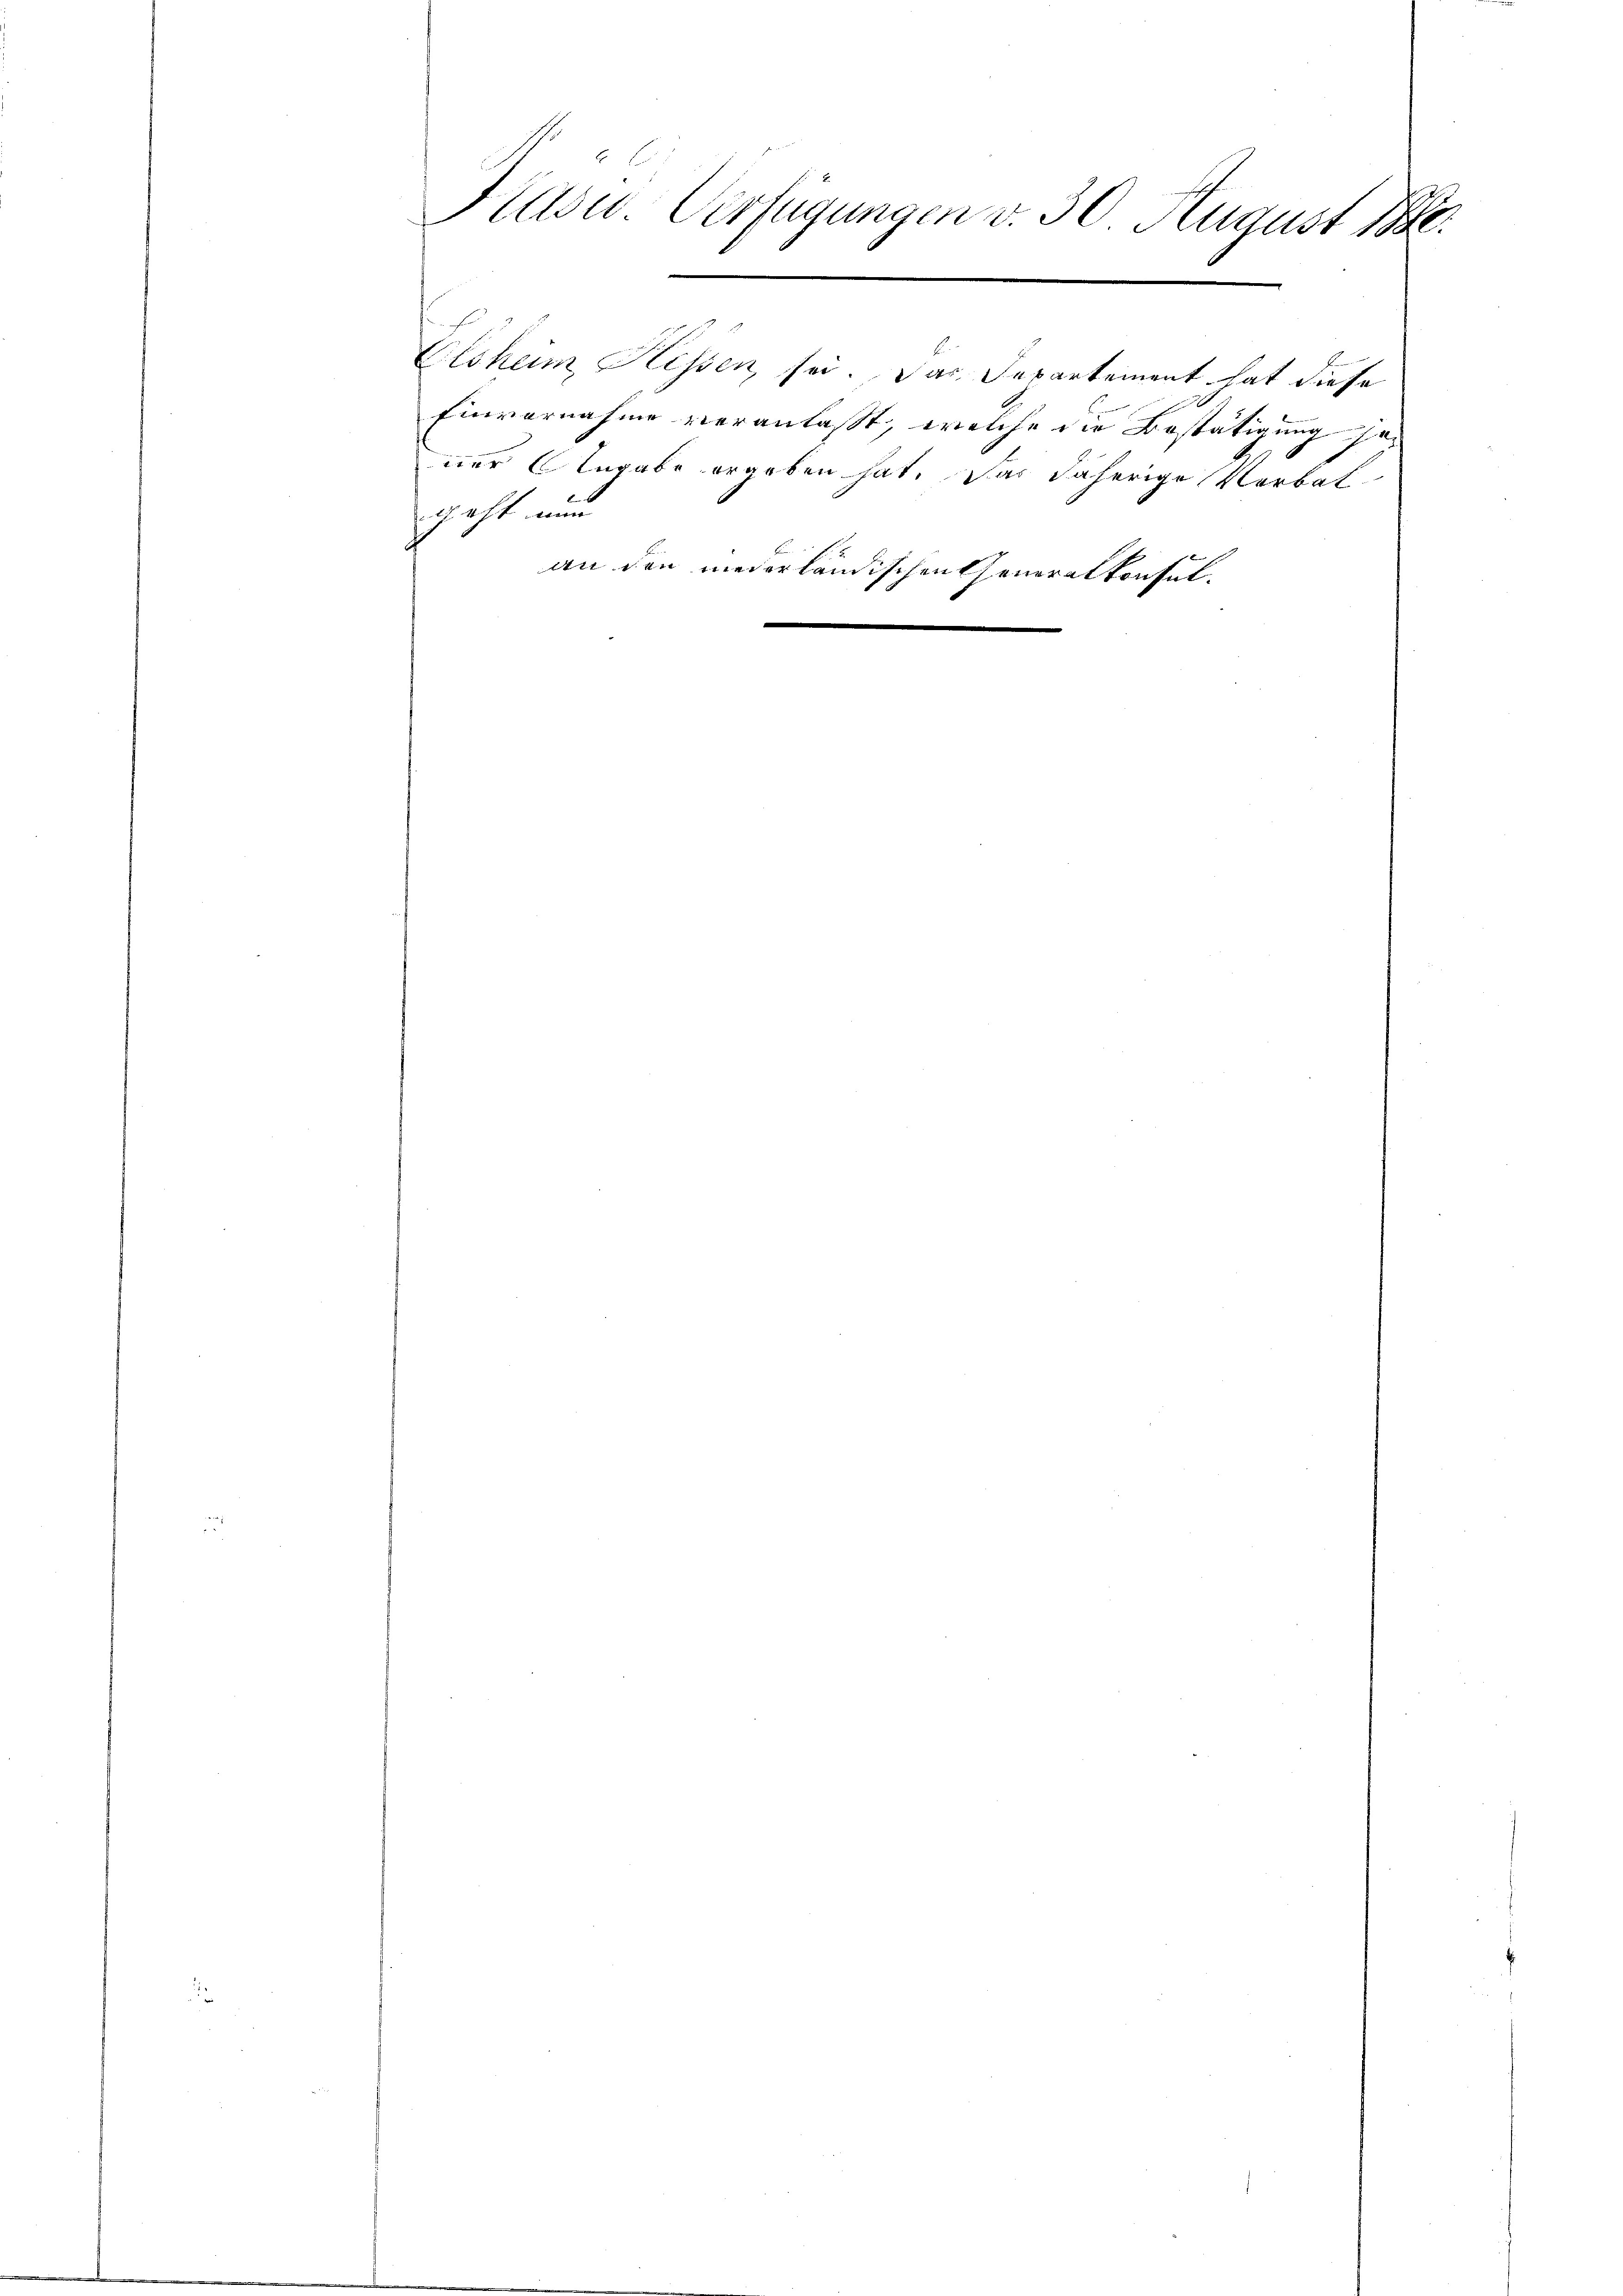
Kasu Verfügungen v. 30 August 18.

Elsheim, Hessen, sei. Das Departement hat diese
Einvernahme veranlasst, welche die Bestätigung se
ner Angabe ergeben hat. Das daherige Verbat
geht nun
an den niederländischen Generalkonsul¬

d
l